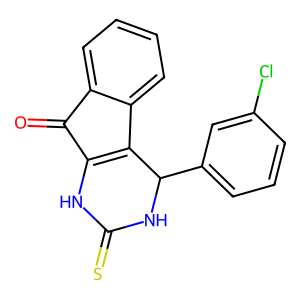
SMILES: O=C1C2=C(c3ccccc31)C(c1cccc(Cl)c1)NC(=S)N2
Inhibits HIV replication: No